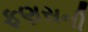
ફણસની